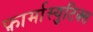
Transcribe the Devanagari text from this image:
फ़ार्मास्युटिक्स